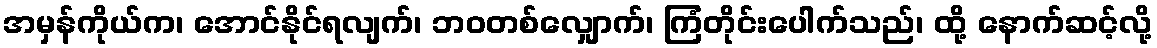
အမှန်ကိုယ်က၊ အောင်နိုင်ရလျက်၊ ဘဝတစ်လျှောက်၊ ကြံတိုင်းပေါက်သည်၊ ထို့ နောက်ဆင့်လို့